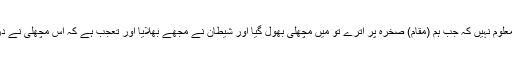
انہوں نے کہا کہ آپ کو معلوم نہیں کہ جب ہم (مقامِ) صخرہ پر اترے تو میں مچھلی بھول گیا اور شیطان نے مجھے بھلایا اور تعجب ہے کہ اس مچھلی نے دریا میں جانے کی راہ لی۔